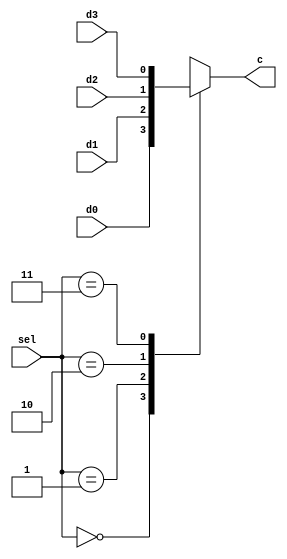
`timescale 1ns / 1ps
//////////////////////////////////////////////////////////////////////////////////
// Company: 
// Engineer: 
// 
// Design Name: 
// Module Name: mux4
// Project Name: 
// Target Devices: 
// Tool Versions: 
// Description: 
// 
// Dependencies: 
// 
// Revision:
// Revision 0.01 - File Created
// Additional Comments:
// 
//////////////////////////////////////////////////////////////////////////////////


module mux4(input [1:0] sel,input d0,input d1,input d2,input d3,output reg c );


always @(*)
begin 
    case (sel)
        2'b00: c<=d0;
        2'b01: c<=d1;
        2'b10: c<=d2;
        2'b11: c<=d3;
endcase
end

endmodule